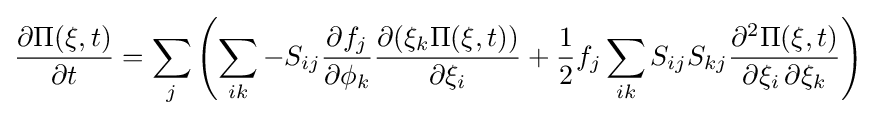
{\frac {\partial \Pi (\mathbf {\xi } ,t)}{\partial t}}=\sum _{j}\left(\sum _{ik}-S_{ij}{\frac {\partial f_{j}}{\partial \phi _{k}}}{\frac {\partial (\xi _{k}\Pi (\mathbf {\xi } ,t))}{\partial \xi _{i}}}+{\frac {1}{2}}f_{j}\sum _{ik}S_{ij}S_{kj}{\frac {\partial ^{2}\Pi (\mathbf {\xi } ,t)}{\partial \xi _{i}\,\partial \xi _{k}}}\right)